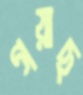
গয়াছ